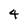
Character: 4